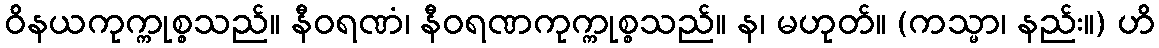
ဝိနယကုက္ကုစ္စသည်။ နီဝရဏံ၊ နီဝရဏကုက္ကုစ္စသည်။ န၊ မဟုတ်။ (ကသ္မာ၊ နည်း။) ဟိ